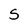
Character: S